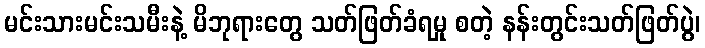
မင်းသားမင်းသမီးနဲ့ မိဘုရားတွေ သတ်ဖြတ်ခံရမှု စတဲ့ နန်းတွင်းသတ်ဖြတ်ပွဲ၊